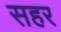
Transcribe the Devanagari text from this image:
सहर